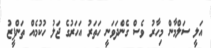
އަލީ ސަލްމާން މިހާރު ވެސް ގެންދަވަނީ ހަތަރު އަހަރުގެ ޖަލު ހުކުމެއް ތަންފީޒު